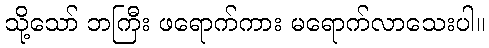
သို့သော် ဘကြီး ဖရောက်ကား မရောက်လာသေးပါ။